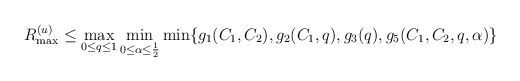
\begin{align*}R_{\max}^{(u)}&\leq\max_{0\leq q\leq 1}\min_{0\leq \alpha\leq \frac{1}{2}}\min\{g_1(C_1,C_2),g_2(C_1,q),g_3(q),g_5(C_1,C_2,q,\alpha)\}\end{align*}